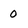
Character: 0